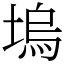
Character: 塢